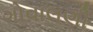
ગોવાલણી